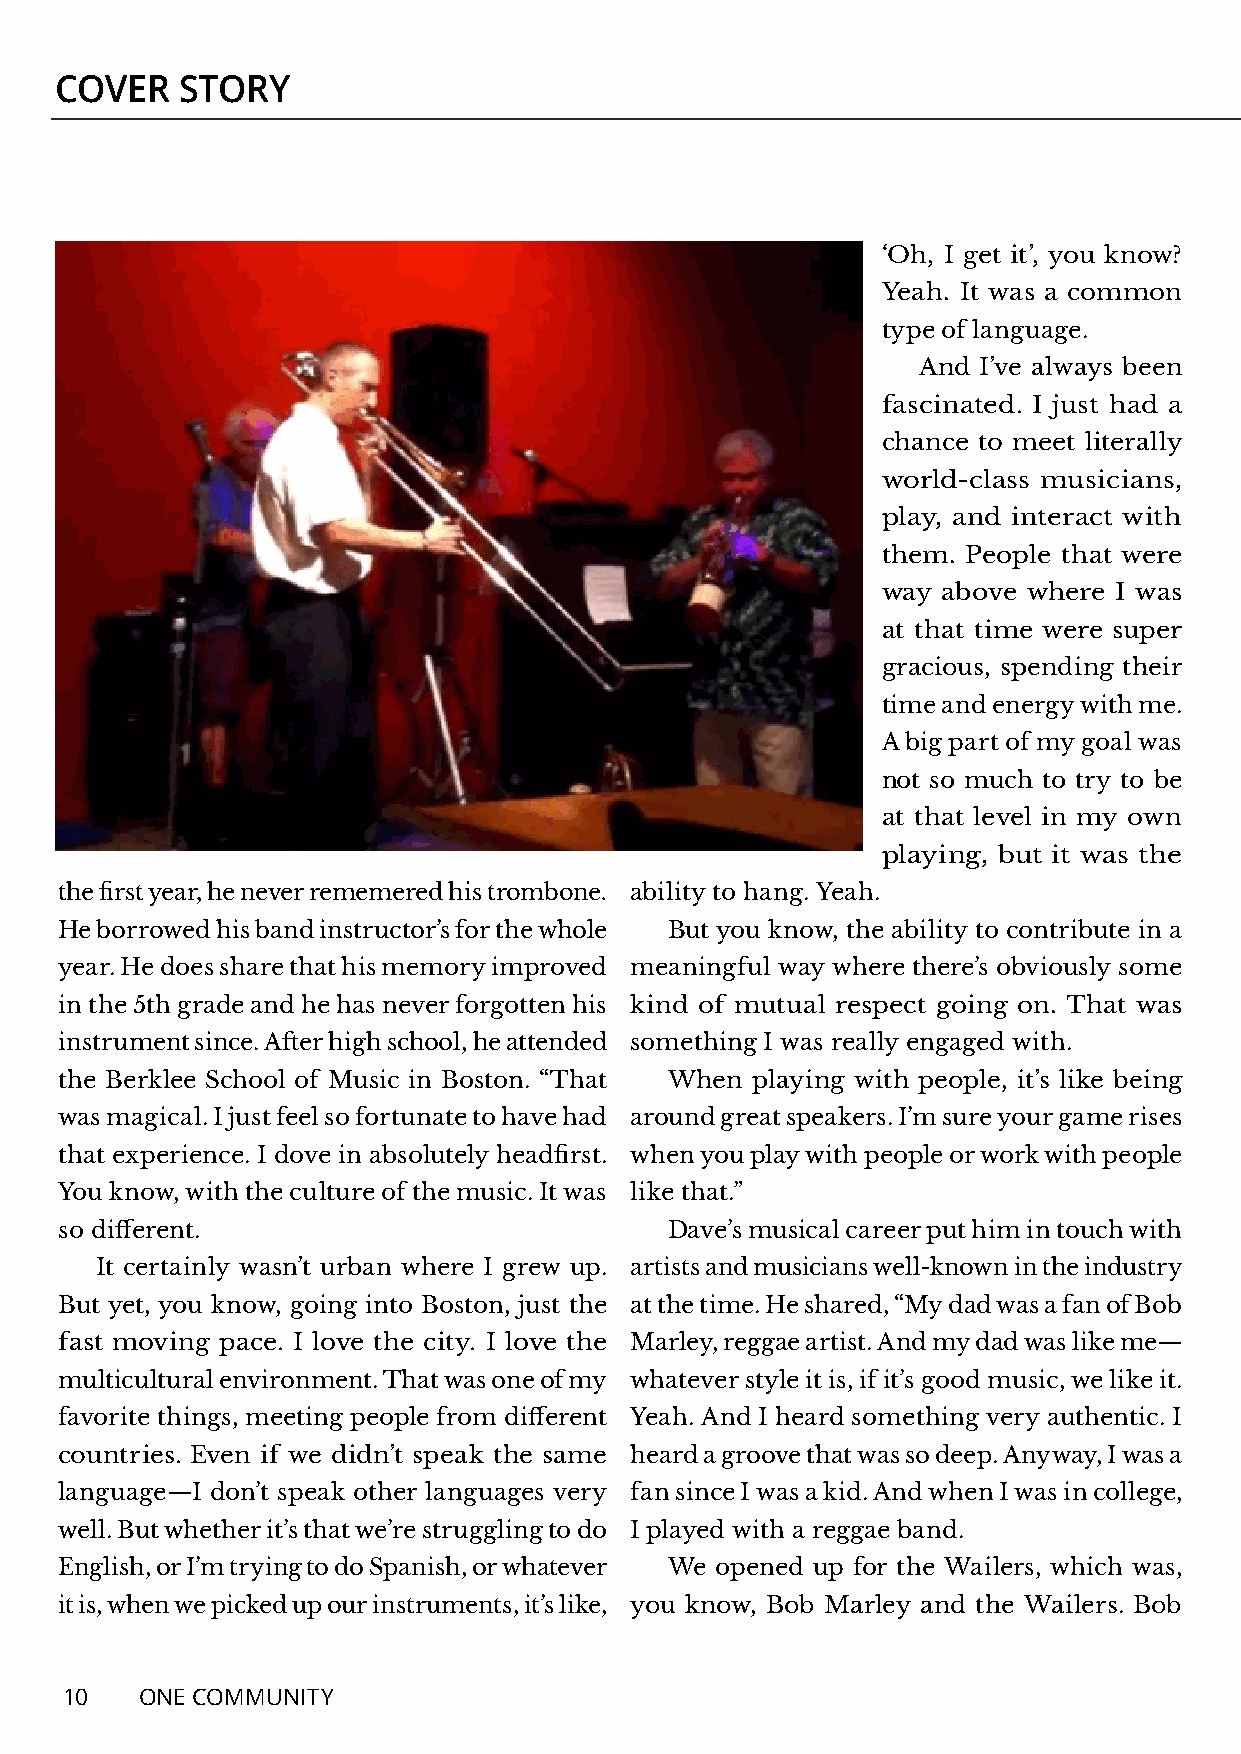
COVER   STORY
 ‘Oh, I get it’, you know?
 Yeah. It was a common
 type of language.
 And I’ve always been
 fascinated. I just had a
 chance to meet literally
 world-class musicians,
 play, and interact with
 them. People that were
 way above where I was
 at that time were super
 gracious, spending their
 time and energy with me.
 A big part of my goal was
 not so much to try to be
 at that level in my own
 playing, but it was the
 the first year, he never rememered his trombone. ability to hang. Yeah.
 He borrowed his band instructor’s for the whole But you know, the ability to contribute in a
 year. He does share that his memory improved meaningful way where there’s obviously some
 in the 5th grade and he has never forgotten his kind of mutual respect going on. That was
 instrument since. After high school, he attended something I was really engaged with.
 the Berklee School of Music in Boston. “That When playing with people, it’s like being
 was magical. I just feel so fortunate to have had around great speakers. I’m sure your game rises
 that experience. I dove in absolutely headfirst. when you play with people or work with people
 You know, with the culture of the music. It was like that.”
 so different.                           Dave’s musical career put him in touch with
 It certainly wasn’t urban where I grew up. artists and musicians well-known in the industry
 But yet, you know, going into Boston, just the at the time. He shared, “My dad was a fan of Bob
 fast moving pace. I love the city. I love the Marley, reggae artist. And my dad was like me—
 multicultural environment. That was one of my whatever style it is, if it’s good music, we like it.
 favorite things, meeting people from different Yeah. And I heard something very authentic. I
 countries. Even if we didn’t speak the same heard a groove that was so deep. Anyway, I was a
 language—I don’t speak other languages very fan since I was a kid. And when I was in college,
 well. But whether it’s that we’re struggling to do I played with a reggae band.
 English, or I’m trying to do Spanish, or whatever We opened up for the Wailers, which was,
 it is, when we picked up our instruments, it’s like, you know, Bob Marley and the Wailers. Bob
 10   ONE COMMUNITY